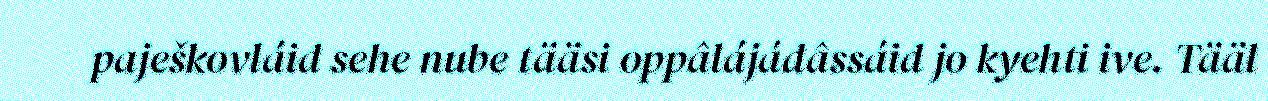
paješkovláid sehe nube tääsi oppâlájádâssáid jo kyehti ive. Tääl